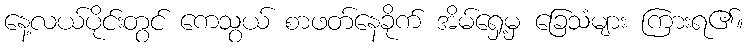
နေ့လယ်ပိုင်းတွင် ကေသွယ် စာဖတ်နေခိုက် အိမ်ရှေ့မှ ခြေသံများ ကြားရ၏။